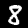
Label: 8